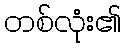
တစ်လုံး၏